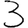
Digit: 3